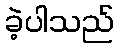
ခဲ့ပါသည်